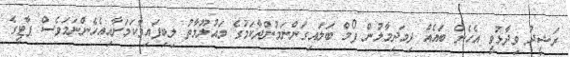
ރަޝީދު ވިދާޅުވީ އެހެން ބައެއް ދިމަދިމާލުން ފޯމް ބަލައިގަންނަމުންދާކަމުގެ މައުލޫމާތު ލިބިފައިވާކަމަށާއިއެހެންނަމަވެސް ޕާޓީގެ